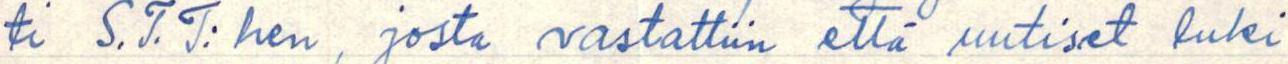
ti S.T.T:hen, josta vastattiin että uutiset luki